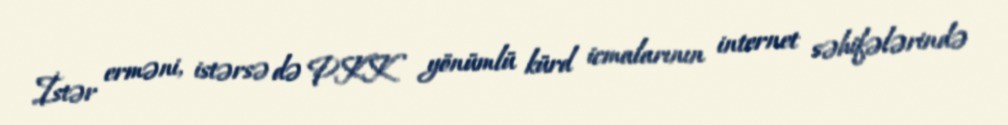
İstər erməni, istərsə də PKK yönümlü kürd icmalarının internet səhifələrində